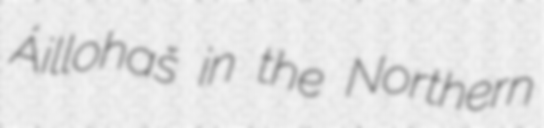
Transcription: Áillohaš in the Northern